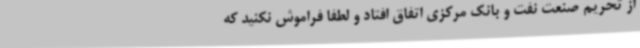
از تحریم صنعت نفت و بانک مرکزی اتفاق افتاد و لطفا فراموش نکنید که